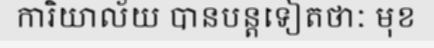
ការិយាល័យ បានបន្តទៀតថាៈ មុខ